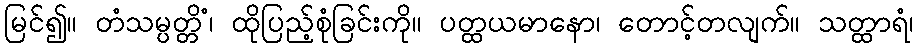
မြင်၍။ တံသမ္ပတ္တိံ၊ ထိုပြည့်စုံခြင်းကို။ ပတ္ထယမာနော၊ တောင့်တလျက်။ သတ္ထာရံ၊